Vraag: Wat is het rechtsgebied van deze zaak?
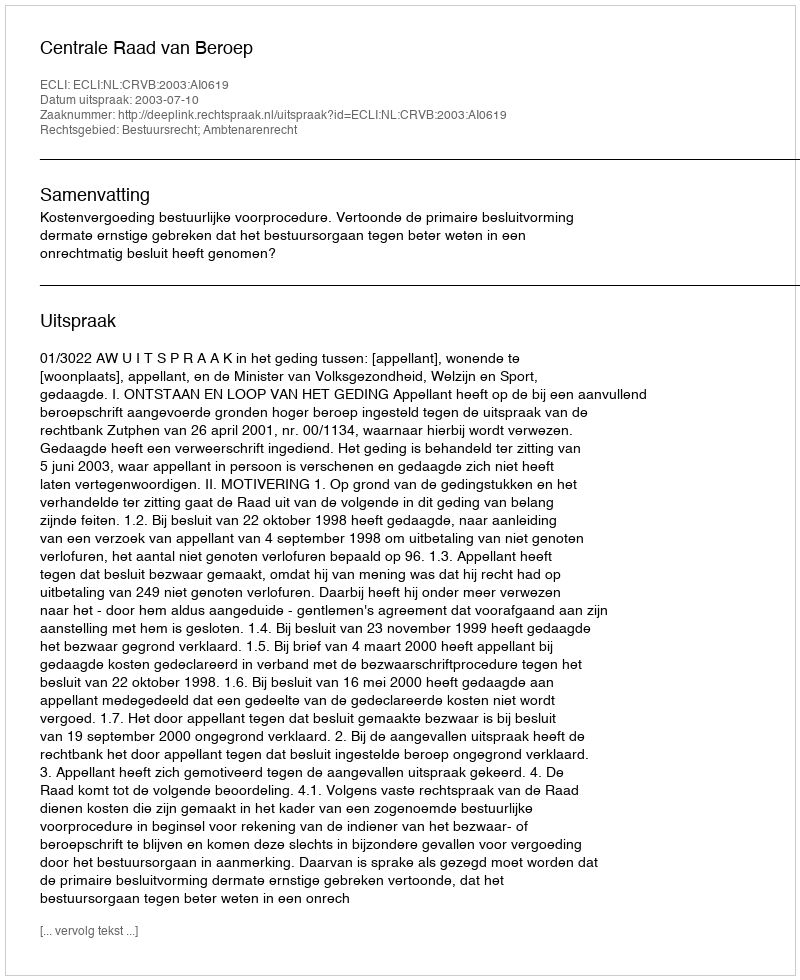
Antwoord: Bestuursrecht; Ambtenarenrecht